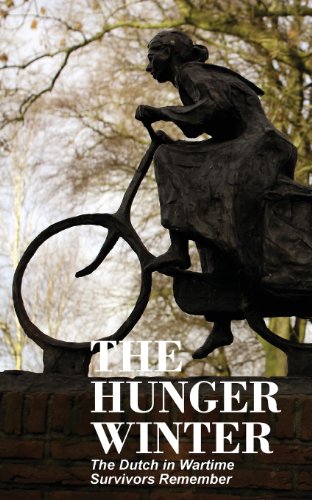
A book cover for The Hunger Winter: The Dutch in Wartime, Survivors Remember; History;